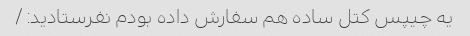
یه چیپس کتل ساده هم سفارش داده بودم نفرستادید: /